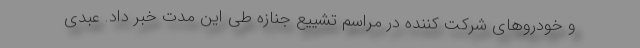
و خودروهای شرکت کننده در مراسم تشییع جنازه طی این مدت خبر داد. عبدی